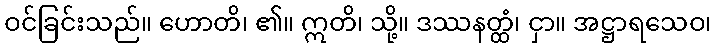
ဝင်ခြင်းသည်။ ဟောတိ၊ ၏။ ဣတိ၊ သို့။ ဒဿနတ္ထံ၊ ငှာ။ အဋ္ဌာရသေဝ၊